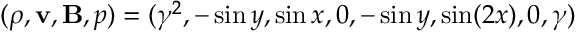
( \rho , \mathbf { v } , \mathbf { B } , p ) = ( \gamma ^ { 2 } , - \sin y , \sin x , 0 , - \sin y , \sin ( 2 x ) , 0 , \gamma )